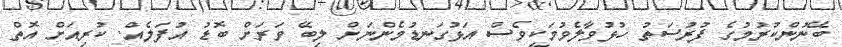
ބޭނުންކުރުމުގެ ފުރުސަތު ހުޅުވާލެވުމަކީވެސް އަޅުގަނޑުމެންނަށް ލިބޭ ވަރަށް ބޮޑު އުފަލެއް. ކުރިއަށް އޮތް